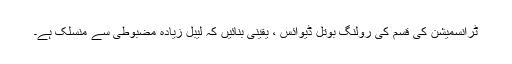
ٹرانسمیشن کی قسم کی رولنگ بوتل ڈیوائس ، یقینی بنائیں کہ لیبل زیادہ مضبوطی سے منسلک ہے۔